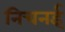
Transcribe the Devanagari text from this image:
निचनई